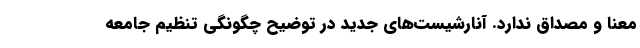
معنا و مصداق ندارد. آنارشیست‌های جدید در توضیح چگونگی تنظیم جامعه